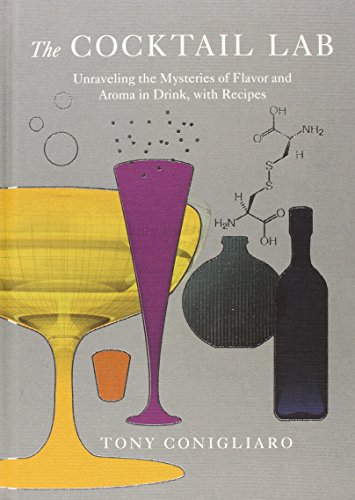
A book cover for The Cocktail Lab: Unraveling the Mysteries of Flavor and Aroma in Drink, with Recipes; Tony Conigliaro; Cookbooks, Food & Wine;